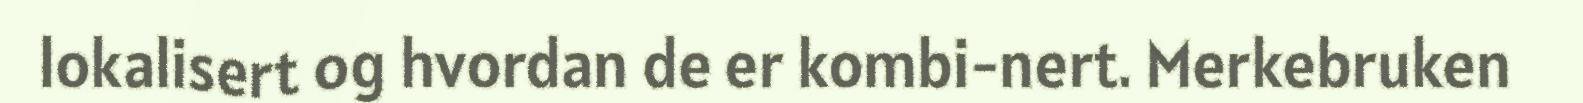
lokalisert og hvordan de er kombi-nert. Merkebruken